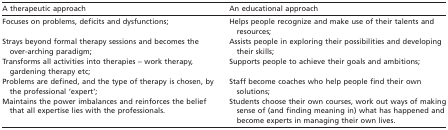
<table><thead><tr><td><b>A therapeutic approach</b></td><td><b>An educational approach</b></td></tr></thead><tbody><tr><td>Focuses on problems, deficits and dysfunctions;</td><td>Helps people recognize and make use of their talents and resources;</td></tr><tr><td>Strays beyond formal therapy sessions and becomes the over‐arching paradigm;</td><td>Assists people in exploring their possibilities and developing their skills;</td></tr><tr><td>Transforms all activities into therapies – work therapy, gardening therapy etc;</td><td>Supports people to achieve their goals and ambitions;</td></tr><tr><td>Problems are defined, and the type of therapy is chosen, by the professional ‘expert’;</td><td>Staff become coaches who help people find their own solutions;</td></tr><tr><td>Maintains the power imbalances and reinforces the belief that all expertise lies with the professionals.</td><td>Students choose their own courses, work out ways of making sense of (and finding meaning in) what has happened and become experts in managing their own lives.</td></tr></tbody></table>